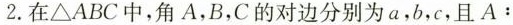
2. 在\triangle ABC中，角A，B，C的对边分别为a，b，c，且A：